Notes on vaccination in the North-West Frontier Province 1923-1928 - 1923-1928
Year: 1923
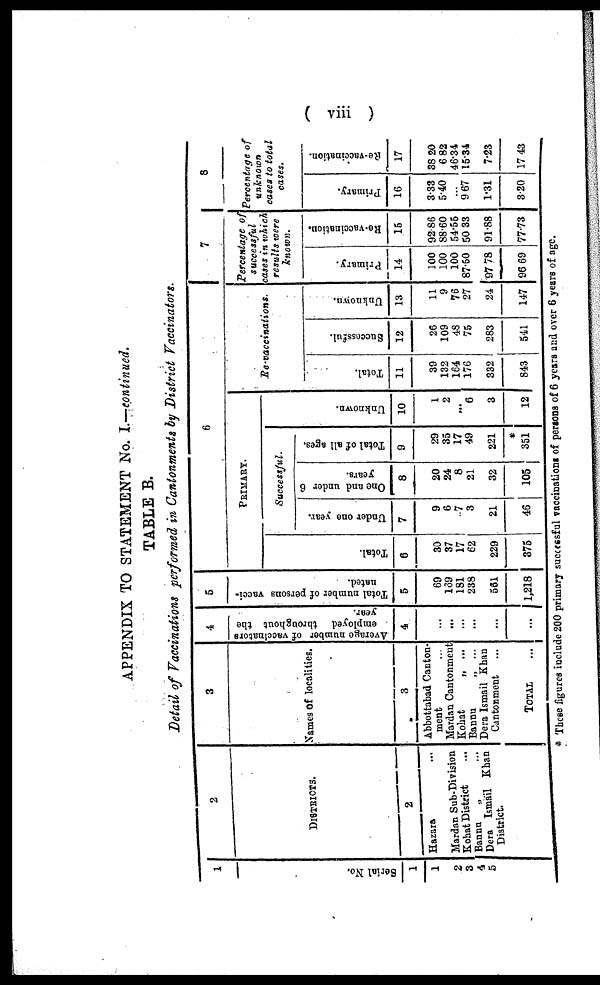
( viii )
APPENDIX TO STATEMENT No. I.—continued.
TABLE B.
Detail of Vaccinations performed in Cantonments by District Vaccinators.
1
Serial No.
1
1
2
3
4
5
2
DISTRICTS.
2
Hazara ...
Mardan Sub-Division
Kohat District ...
Bannu „ ...
Dera Ismail Khan
District.
3
Names of localities.
3
Abbottabad Canton-
ment
Mardan Cantonment
Kohat
„ ...
Bannu
„ ...
Dera Ismail Khan
Cantonment ...
TOTAL
...
4
Average number of vaccinators
employed throughout the
year.
4
...
...
...
...
...
...
5
Total number of persona vacci-
nated.
5
69
169
181
238
561
1,218
6
PRIMARY.
Total.
6
30
37
17
62
229
375
Successful.
Under one year.
7
9
6
7
3
21
46
One and under 6
years.
8
20
24
8
21
32
105
Total of all ages.
9
29
35
17
49
221
*
351
Unknown.
10
1
2
...
6
3
12
Re-vaccinations.
Total.
11
39
132
164
176
332
843
Successful.
12
26
109
48
75
283
541
Unknown.
13
11
9
76
27
24
147
7
Percentage of
successful
cases in which
results were
known.
Primary.
14
100
100
100
87.50
97.78
96.69
Re-vaccination.
15
92.86
88.60
54.55
50.33
91.88
77.73
8
Percentage of
unknown
cases to total
cases.
Primary.
16
3.33
5.40
...
9.67
1.31
3.20
Re-vaccination.
17
38.20
6.82
46.34
15.34
7.23
17.43
* These figures include 200 primary successful vaccinations of persons of 6 years and over 6 years of age.